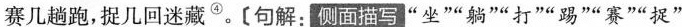
赛几趟跑,捉几回迷藏^{④}。[句解:侧描写“坐”“躺”“打”“踢”“赛”“捉‘’